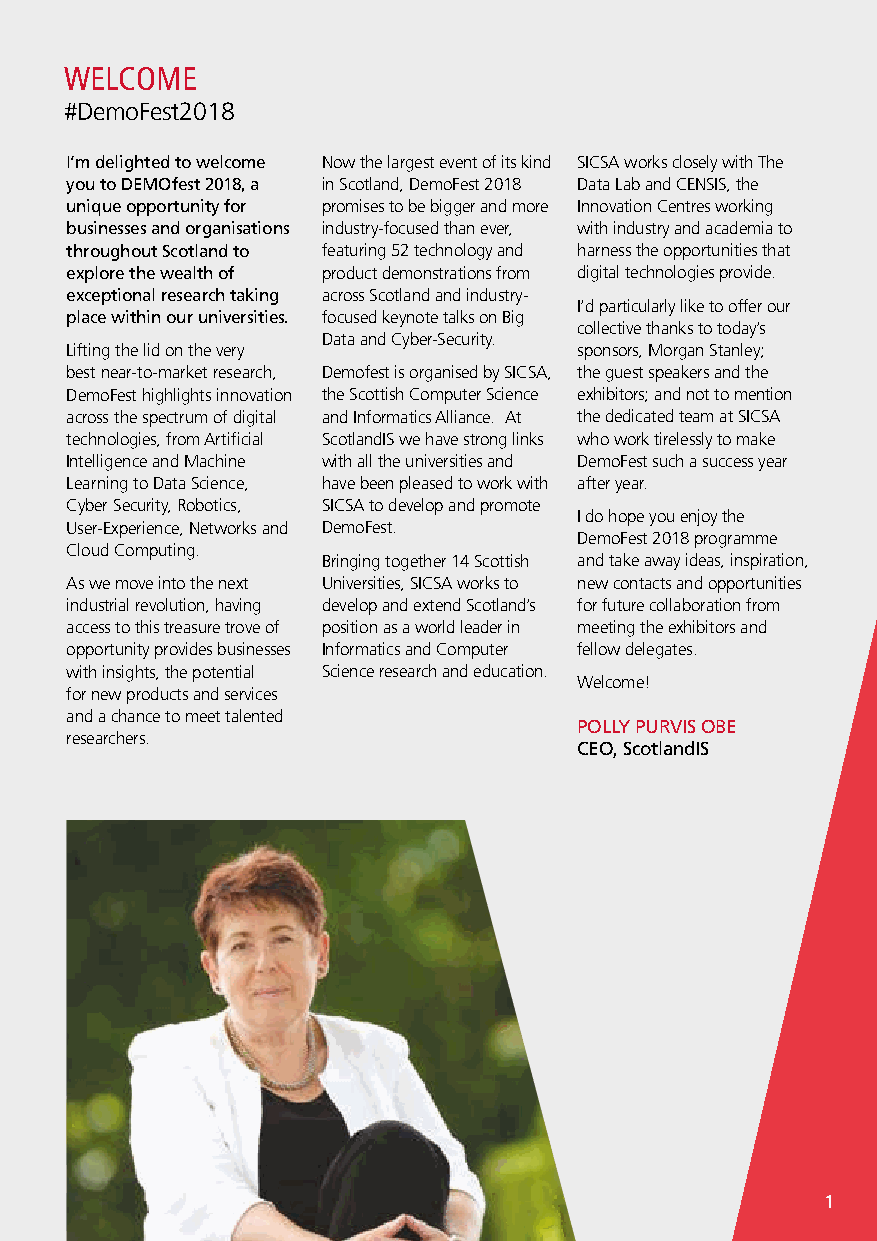
WELCOME
 #DemoFest2018
 I’m delighted to welcome Now the largest event of its kind SICSA works closely with The
 you to DEMOfest 2018, a in Scotland, DemoFest 2018 Data Lab and CENSIS, the
 unique opportunity for promises to be bigger and more Innovation Centres working
 businesses and organisations industry-focused than ever, with industry and academia to
 throughout Scotland to featuring 52 technology and harness the opportunities that
 explore the wealth of product demonstrations from digital technologies provide.
 exceptional research taking across Scotland and industry-
 I’d particularly like to offer our
 place within our universities. focused keynote talks on Big
 collective thanks to today’s
 Data and Cyber-Security.
 Lifting the lid on the very       sponsors, Morgan Stanley;
 best near-to-market research, Demofest is organised by SICSA, the guest speakers and the
 DemoFest highlights innovation the Scottish Computer Science exhibitors; and not to mention
 across the spectrum of digital and Informatics Alliance. At the dedicated team at SICSA
 technologies, from Artificial ScotlandIS we have strong links who work tirelessly to make
 Intelligence and Machine with all the universities and DemoFest such a success year
 Learning to Data Science, have been pleased to work with after year.
 Cyber Security, Robotics, SICSA to develop and promote
 I do hope you enjoy the
 User-Experience, Networks and DemoFest.
 DemoFest 2018 programme
 Cloud Computing.
 Bringing together 14 Scottish and take away ideas, inspiration,
 As we move into the next Universities, SICSA works to new contacts and opportunities
 industrial revolution, having develop and extend Scotland’s for future collaboration from
 access to this treasure trove of position as a world leader in meeting the exhibitors and
 opportunity provides businesses Informatics and Computer fellow delegates.
 with insights, the potential Science research and education.
 Welcome!
 for new products and services
 and a chance to meet talented
 POLLY PURVIS OBE
 researchers.
 CEO, ScotlandIS
 1